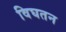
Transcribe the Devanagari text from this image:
विघतन